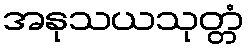
အနုသယသုတ္တံ